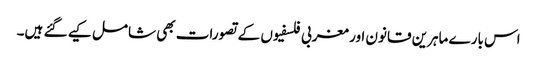
اس بارے ماہرین قانون اور مغربی فلسفیوں کے تصورات بھی شامل کیے گئے ہیں۔